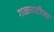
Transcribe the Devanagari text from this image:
गळघाटीच्या